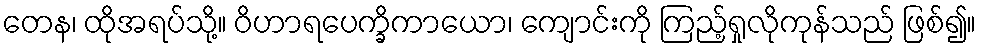
တေန၊ ထိုအရပ်သို့။ ဝိဟာရပေက္ခိကာယော၊ ကျောင်းကို ကြည့်ရှုလိုကုန်သည် ဖြစ်၍။